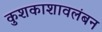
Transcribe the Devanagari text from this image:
कुशकाशावलंबन